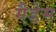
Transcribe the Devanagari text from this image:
मैडेम